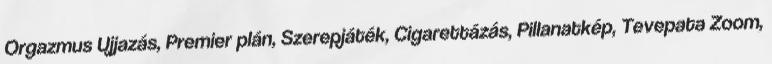
Orgazmus Ujjazás, Premier plán, Szerepjáték, Cigarettázás, Pillanatkép, Tevepata Zoom,